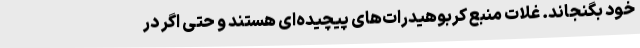
خود بگنجاند. غلات منبع کربوهیدرات‌های پیچیده‌ای هستند و حتی اگر در